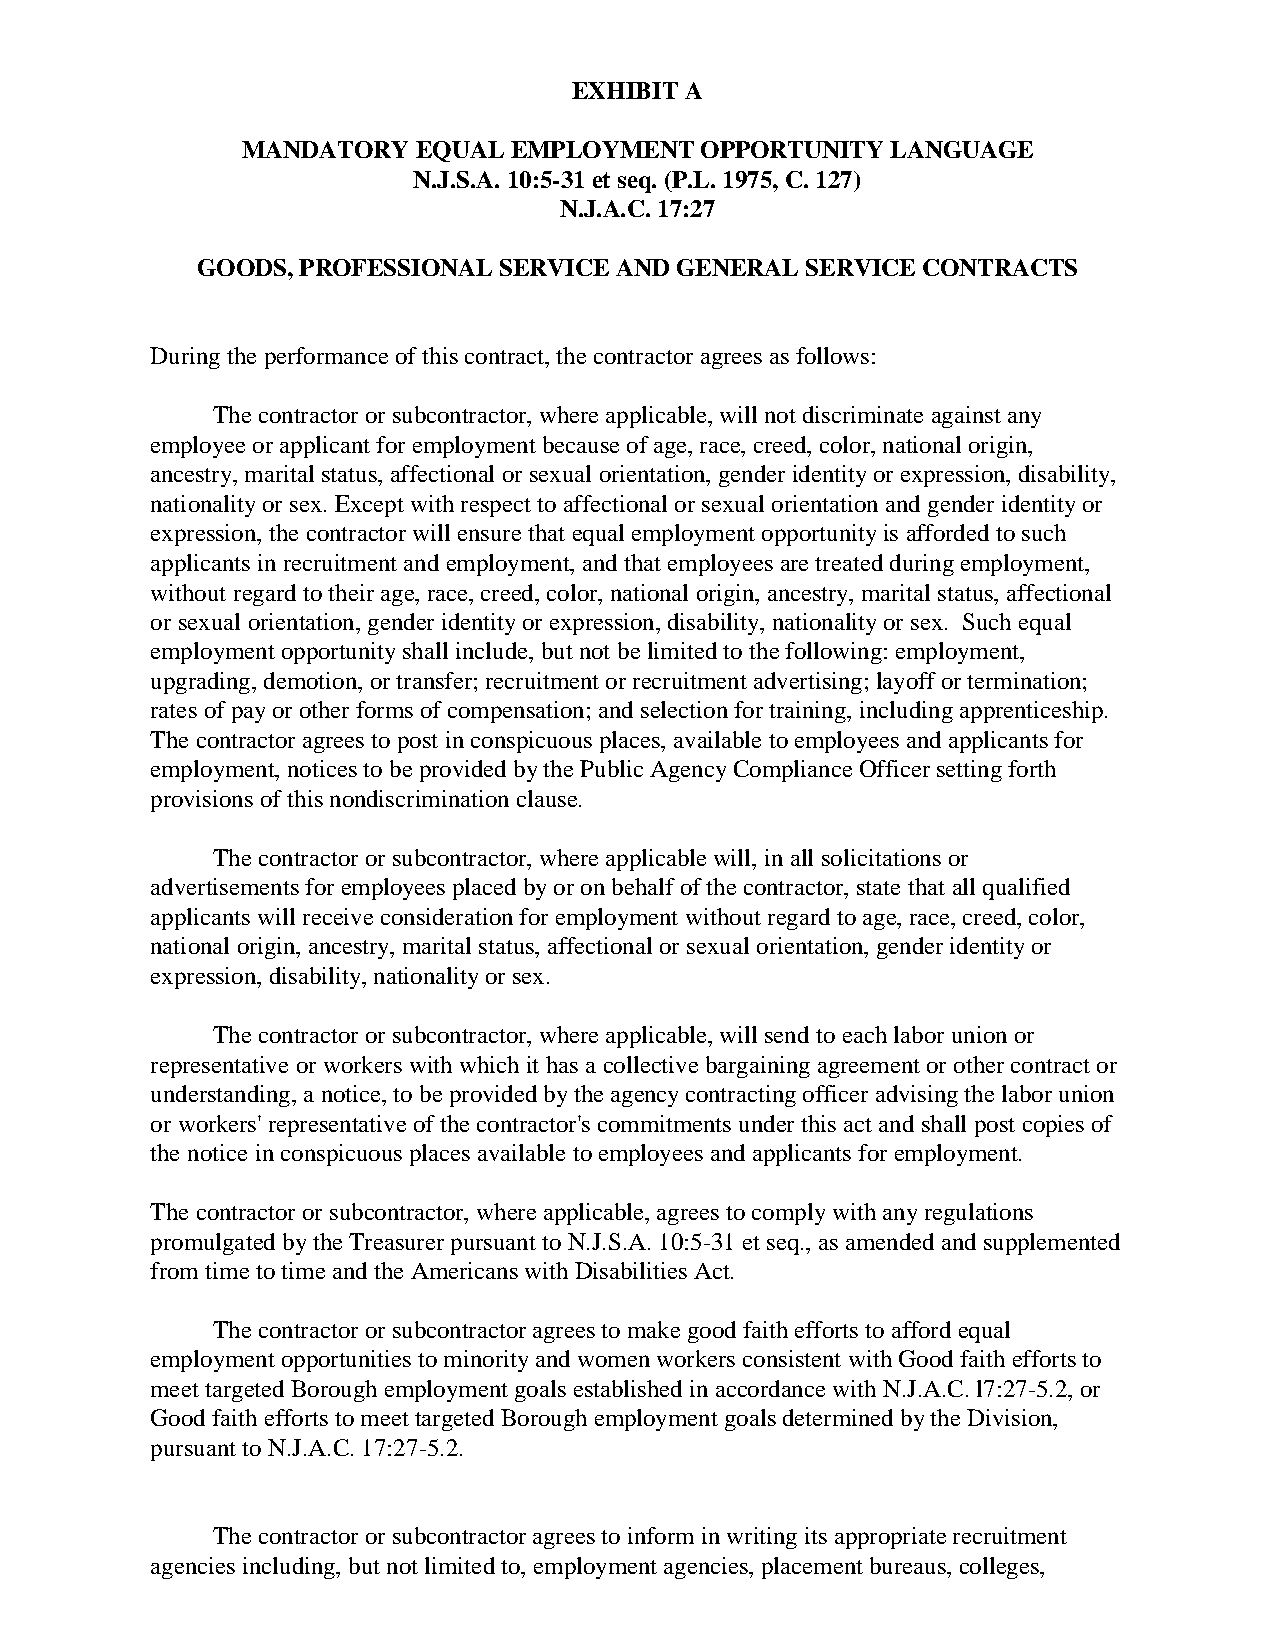
EXHIBIT A
 MANDATORY   EQUAL EMPLOYMENT  OPPORTUNITY  LANGUAGE
 N.J.S.A. 10:5-31 et seq. (P.L. 1975, C. 127)
 N.J.A.C. 17:27
 GOODS, PROFESSIONAL SERVICE AND GENERAL SERVICE CONTRACTS
 During the performance of this contract, the contractor agrees as follows:
 The contractor or subcontractor, where applicable, will not discriminate against any
 employee or applicant for employment because of age, race, creed, color, national origin,
 ancestry, marital status, affectional or sexual orientation, gender identity or expression, disability,
 nationality or sex. Except with respect to affectional or sexual orientation and gender identity or
 expression, the contractor will ensure that equal employment opportunity is afforded to such
 applicants in recruitment and employment, and that employees are treated during employment,
 without regard to their age, race, creed, color, national origin, ancestry, marital status, affectional
 or sexual orientation, gender identity or expression, disability, nationality or sex. Such equal
 employment opportunity shall include, but not be limited to the following: employment,
 upgrading, demotion, or transfer; recruitment or recruitment advertising; layoff or termination;
 rates of pay or other forms of compensation; and selection for training, including apprenticeship.
 The contractor agrees to post in conspicuous places, available to employees and applicants for
 employment, notices to be provided by the Public Agency Compliance Officer setting forth
 provisions of this nondiscrimination clause.
 The contractor or subcontractor, where applicable will, in all solicitations or
 advertisements for employees placed by or on behalf of the contractor, state that all qualified
 applicants will receive consideration for employment without regard to age, race, creed, color,
 national origin, ancestry, marital status, affectional or sexual orientation, gender identity or
 expression, disability, nationality or sex.
 The contractor or subcontractor, where applicable, will send to each labor union or
 representative or workers with which it has a collective bargaining agreement or other contract or
 understanding, a notice, to be provided by the agency contracting officer advising the labor union
 or workers' representative of the contractor's commitments under this act and shall post copies of
 the notice in conspicuous places available to employees and applicants for employment.
 The contractor or subcontractor, where applicable, agrees to comply with any regulations
 promulgated by the Treasurer pursuant to N.J.S.A. 10:5-31 et seq., as amended and supplemented
 from time to time and the Americans with Disabilities Act.
 The contractor or subcontractor agrees to make good faith efforts to afford equal
 employment opportunities to minority and women workers consistent with Good faith efforts to
 meet targeted Borough employment goals established in accordance with N.J.A.C. l7:27-5.2, or
 Good faith efforts to meet targeted Borough employment goals determined by the Division,
 pursuant to N.J.A.C. 17:27-5.2.
 The contractor or subcontractor agrees to inform in writing its appropriate recruitment
 agencies including, but not limited to, employment agencies, placement bureaus, colleges,